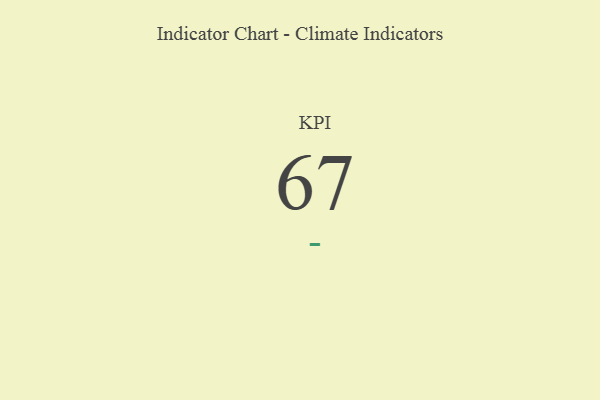
{"axis": {"x": "KPI", "y": "Value"}, "legend": [""], "data": [{"x": "KPI", "y": 67, "type": ""}]}